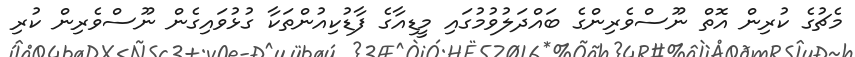
މެޗުގެ ކުރިން އޮތް ނޫސްވެރިންގެ ބައްދަލުވުމުގައި މީޑިއާގެ ފާޑުކިއުންތަކާ ގުޅުވައިގެން ނޫސްވެރިން ކުރި